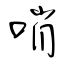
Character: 哨